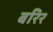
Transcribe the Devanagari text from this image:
बरिर